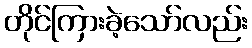
တိုင်ကြားခဲ့သော်လည်း